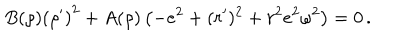
B ( \rho ) \left( \rho ^ { \prime } \right) ^ { 2 } + A ( \rho ) \left( - e ^ { 2 } + ( r ^ { \prime } ) ^ { 2 } + r ^ { 2 } e ^ { 2 } \omega ^ { 2 } \right) = 0 \, .